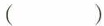
（ ）